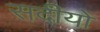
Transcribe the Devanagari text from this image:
सदीयो